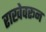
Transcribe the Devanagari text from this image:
राखेवरून